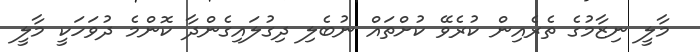
މާލީ ނިޒާމުގެ ތެރެއިން ކުރެވޭ ކުށްތައް ނުބެލި ދިގުލައިގެންދާ ކޮންމެ ދުވަހަކީ މާލީ